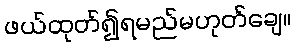
ဖယ်ထုတ်၍ရမည်မဟုတ်ချေ။